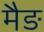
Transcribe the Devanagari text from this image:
मैङ